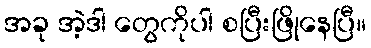
အခု အဲ့ဒါ တွေကိုပါ စပြီးဖြိုနေပြီ။